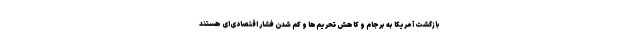
بازگشت آمریکا به برجام و کاهش تحریم‌ها و کم شدن فشار اقتصادی‌ای هستند